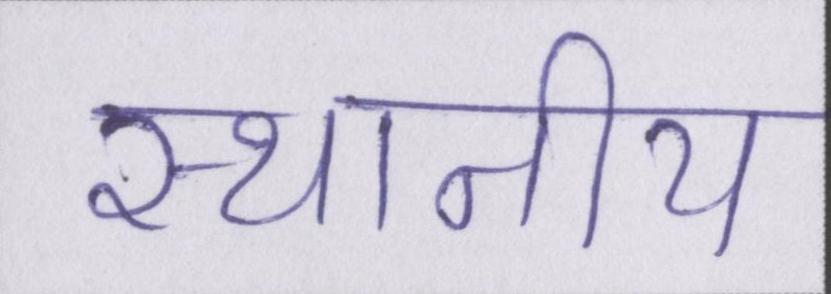
स्थानीय